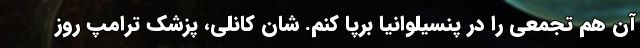
آن هم تجمعی را در پنسیلوانیا برپا کنم. شان کانلی، پزشک ترامپ روز